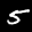
Label: 5